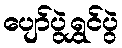
ပျော်ပွဲရွှင်ပွဲ